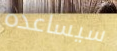
سيساعده